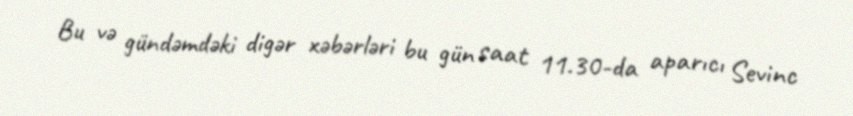
Bu və gündəmdəki digər xəbərləri bu gün saat 11.30-da aparıcı Sevinc